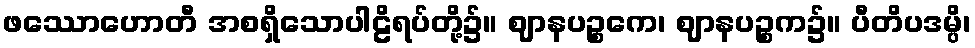
ဖဿောဟောတီ အစရှိသောပါဠိရပ်တို့၌။ ဈာနပဉ္စကေ၊ ဈာနပဉ္စက၌။ ပီတိပဒမ္ပိ၊